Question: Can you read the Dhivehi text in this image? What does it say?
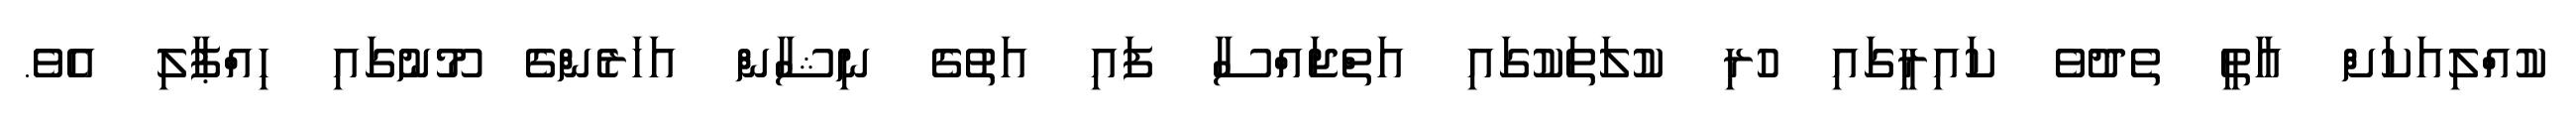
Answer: ކުއްލިއަކަށް އާތީ ތެދުވެ ކައިރީގައި ހުރި ކުލަތަކުގައި އަތްޖައްސާ ފައި އަތުގެ ނިޝާން އަހަރެންގެ މޫނުގައި ހިއްޕާލި އެވެ.